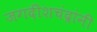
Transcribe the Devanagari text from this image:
जगदीशचंद्रांनी